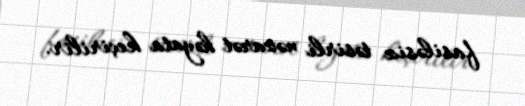
fasiləsiz təsirli nəzarət həyata keçirilir.